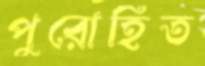
পুরোহিত